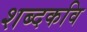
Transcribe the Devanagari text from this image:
शब्दकवि